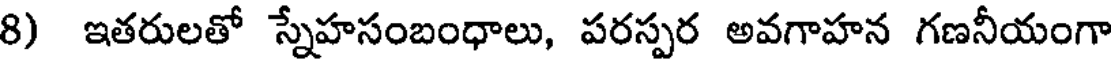
8) ఇతరులతో స్నేహసంబంధాలు, పరస్పర అవగాహన గణనీయంగా